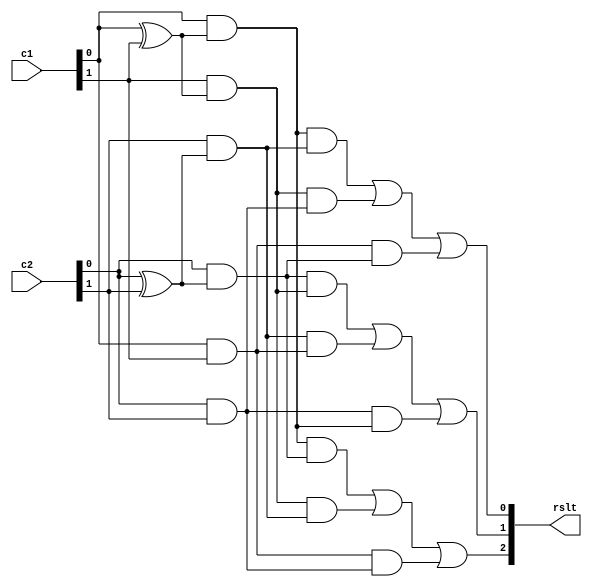
/*
   This file was generated automatically by the Mojo IDE version B1.3.6.
   Do not edit this file directly. Instead edit the original Lucid source.
   This is a temporary file and any changes made to it will be destroyed.
*/

module rpslgc_11 (
    input [1:0] c1,
    input [1:0] c2,
    output reg [2:0] rslt
  );
  
  
  
  reg r1;
  
  reg r2;
  
  reg p1;
  
  reg p2;
  
  reg s1;
  
  reg s2;
  
  always @* begin
    r1 = c1[0+0-:1] & (c1[0+0-:1] ^ c1[1+0-:1]);
    p1 = c1[0+0-:1] & c1[1+0-:1];
    s1 = c1[1+0-:1] & (c1[0+0-:1] ^ c1[1+0-:1]);
    r2 = c2[0+0-:1] & (c2[0+0-:1] ^ c2[1+0-:1]);
    p2 = c2[0+0-:1] & c2[1+0-:1];
    s2 = c2[1+0-:1] & (c2[0+0-:1] ^ c2[1+0-:1]);
    rslt[0+0-:1] = (r1 & s2) | (s1 & p2) | (p1 & r2);
    rslt[1+0-:1] = (r2 & s1) | (s2 & p1) | (p2 & r1);
    rslt[2+0-:1] = (r1 & r2) | (s1 & s2) | (p1 & p2);
  end
endmodule